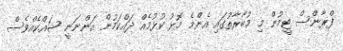
ފްރާންސް ޓީމުން މި މުބާރާތުގައި އެންމެ މޮޅު ކުޅުމެއް ދައްކަމުން އަންނަނީ ޝައްކެއްވެސް